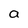
Character: a